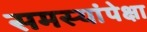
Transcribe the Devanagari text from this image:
समस्यांपेक्षा